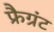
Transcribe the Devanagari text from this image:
फ्रैग्रंट